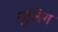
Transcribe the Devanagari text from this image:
शूजिग